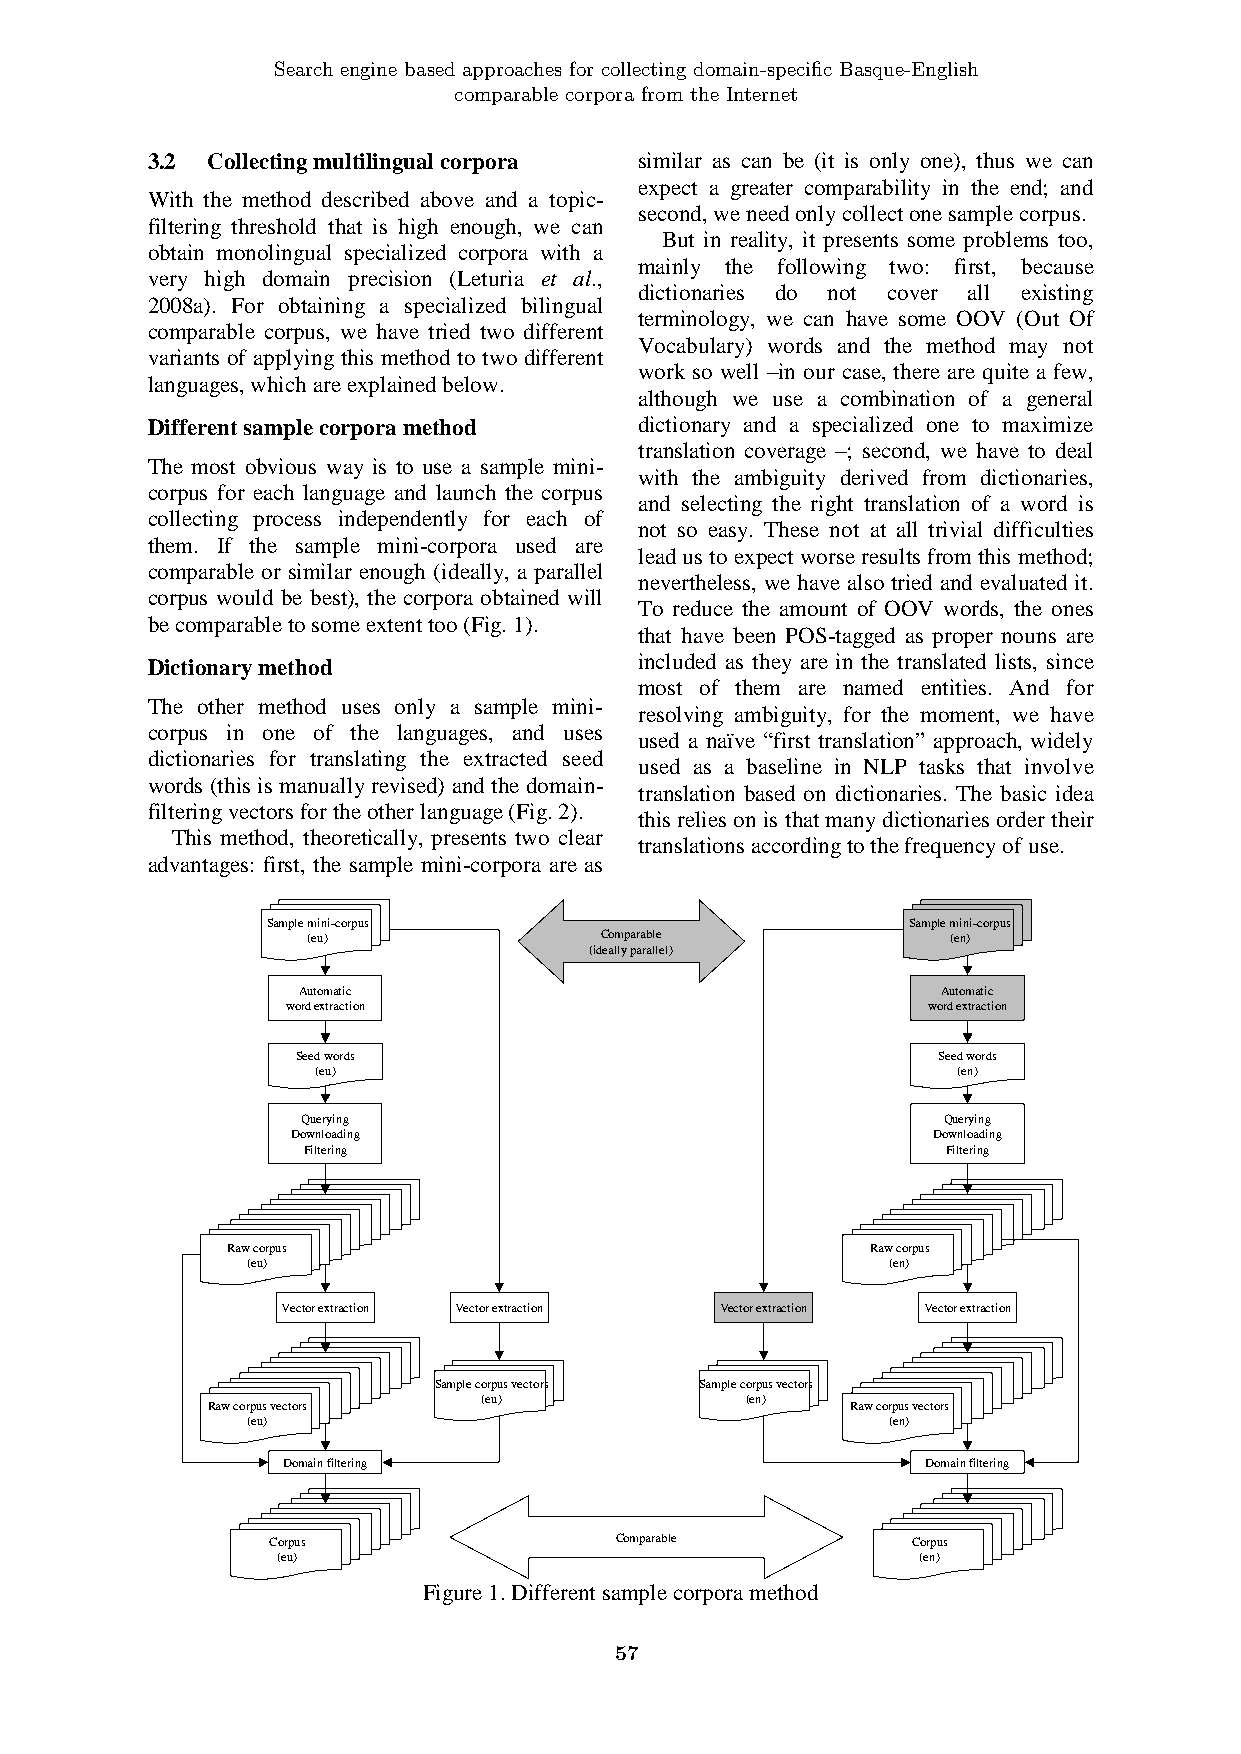
Search engine based approaches for collecting domain-specific Basque-English
 comparable corpora from the Internet
 3.2 Collecting multilingual corpora similar as can be (it is only one), thus we can
 expect a greater comparability in the end; and
 With the method described above and a topic-
 second, we need only collect one sample corpus.
 filtering threshold that is high enough, we can
 But in reality, it presents some problems too,
 obtain monolingual specialized corpora with a
 mainly the following two: first, because
 very high domain precision (Leturia et al.,
 dictionaries do not cover all existing
 2008a). For obtaining a specialized bilingual
 terminology, we can have some OOV (Out Of
 comparable corpus, we have tried two different
 Vocabulary) words and the method may not
 variants of applying this method to two different
 work so well –in our case, there are quite a few,
 languages, which are explained below.
 although we use a combination of a general
 Different sample corpora method dictionary and a specialized one to maximize
 translation coverage –; second, we have to deal
 The most obvious way is to use a sample mini-
 with the ambiguity derived from dictionaries,
 corpus for each language and launch the corpus
 and selecting the right translation of a word is
 collecting process independently for each of
 not so easy. These not at all trivial difficulties
 them. If the sample mini-corpora used are
 lead us to expect worse results from this method;
 comparable or similar enough (ideally, a parallel
 nevertheless, we have also tried and evaluated it.
 corpus would be best), the corpora obtained will
 To reduce the amount of OOV words, the ones
 be comparable to some extent too (Fig. 1).
 that have been POS-tagged as proper nouns are
 Dictionary method               included as they are in the translated lists, since
 most of them are named entities. And for
 The other method uses only a sample mini-
 resolving ambiguity, for the moment, we have
 corpus in one of the languages, and uses
 used a naïve “first translation” approach, widely
 dictionaries for translating the extracted seed
 used as a baseline in NLP tasks that involve
 words (this is manually revised) and the domain-
 translation based on dictionaries. The basic idea
 filtering vectors for the other language (Fig. 2).
 this relies on is that many dictionaries order their
 This method, theoretically, presents two clear
 translations according to the frequency of use.
 advantages: first, the sample mini-corpora are as
 Sample mini-corpus                        Sample mini-corpus
 (eu)                Comparable             (en)
 (ideally parallel)
 Automatic                                 Automatic
 word extraction                           word extraction
 Seed words                                Seed words
 (eu)                                      (en)
 Querying                                  Querying
 Downloading                                Downloading
 Filtering                                  Filtering
 Rawcorpus                                  Rawcorpus
 (eu)                                       (en)
 Vector extraction Vector extraction Vector extraction Vector extraction
 Sample corpus vectors Sample corpus vectors
 (eu)             (en)
 Raw corpus vectors                        Raw corpus vectors
 (eu)                                       (en)
 Domain filtering                          Domain filtering
 Corpus                 Comparable         Corpus
 (eu)                                       (en)
 Figure 1. Different sample corpora method
 57